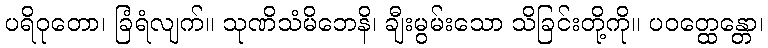
ပရိဝုတော၊ ခြံရံလျက်။ သုဏိသံမိဘေနိ၊ ချီးမွမ်းသော သိခြင်းတို့ကို။ ပဝတ္ထေန္တော၊